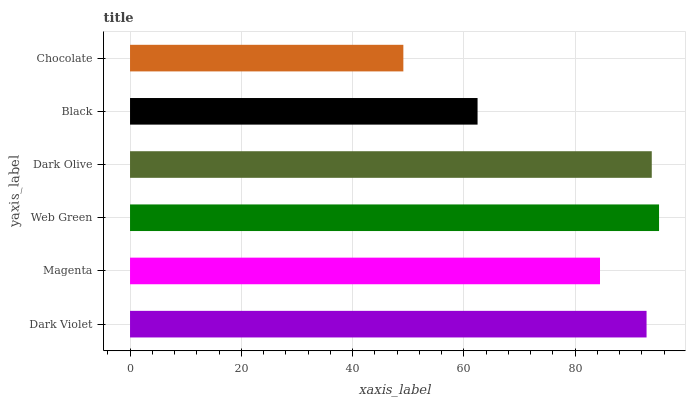
| yaxis_label | bars |
 | --- | --- |
 | Dark Violet | 92.8 |
 | Magenta | 84.5 |
 | Web Green | 95.1 |
 | Dark Olive | 93.8 |
 | Black | 62.5 |
 | Chocolate | 49.1 |